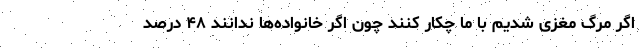
اگر مرگ مغزی شدیم با ما چکار کنند چون اگر خانواده‌ها ندانند ۴۸ درصد